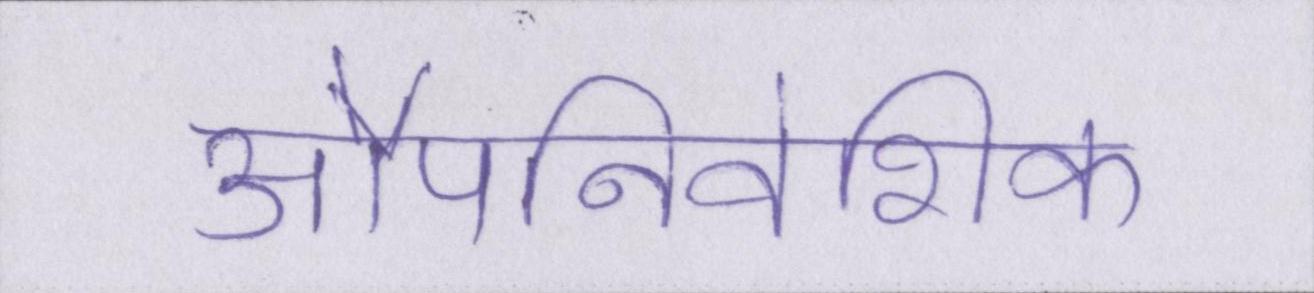
औपनिवेशिक